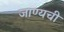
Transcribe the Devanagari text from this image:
जाण्यची